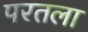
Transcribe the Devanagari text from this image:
परतला